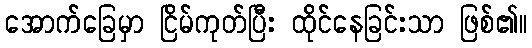
အောက်ခြေမှာ ငြိမ်ကုတ်ပြီး ထိုင်နေခြင်းသာ ဖြစ်၏။